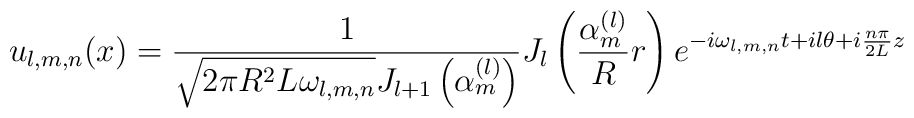
u_{l,m,n}(x)=   \frac1{\sqrt{2\pi R^2L\omega_{l,m,n}}J_{l+1}\left(\alpha_m^{(l)}\right)}   J_l\left(\frac{\alpha_m^{(l)}}Rr\right)   e^{-i\omega_{l,m,n}t+il\theta +i\frac{n\pi}{2L}z}